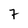
Character: 7